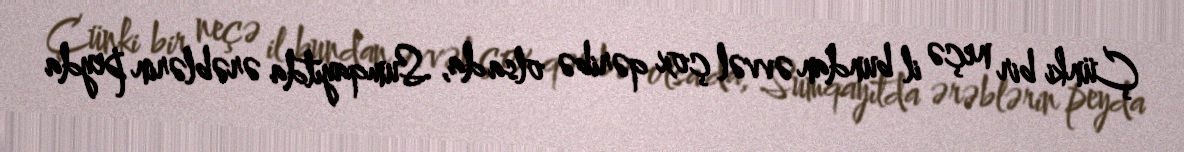
Çünki bir neçə il bundan əvvəl çox qəribə olsa da, Sumqayıtda ərəblərin peyda